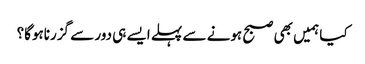
کیا ہمیں بھی صبح ہونے سے پہلے ایسے ہی دور سے گزرناہوگا؟